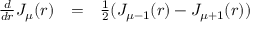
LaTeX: \begin{array} { c c c } { { \frac { d } { d r } J _ { \mu } ( r ) } } & { { = } } & { { \frac { 1 } { 2 } ( J _ { \mu - 1 } ( r ) - J _ { \mu + 1 } ( r ) ) } } \end{array}